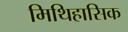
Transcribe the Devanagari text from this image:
मिथिहासिक